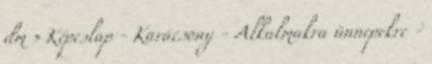
dm » Képeslap - Karácsony - Alkalmakra ünnepekre -